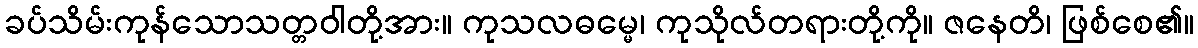
ခပ်သိမ်းကုန်သောသတ္တဝါတို့အား။ ကုသလဓမ္မေ၊ ကုသိုလ်တရားတို့ကို။ ဇနေတိ၊ ဖြစ်စေ၏။